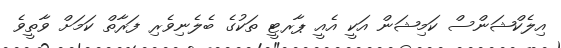
އިލެކްޝަންސް ކަމިޝަން އަކީ އެއީ ޕާރޓީ ތަކުގެ ބެލެނިވެރި ފަރާތް ކަމަށް ވާތީވެ